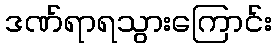
ဒဏ်ရာရသွားကြောင်း